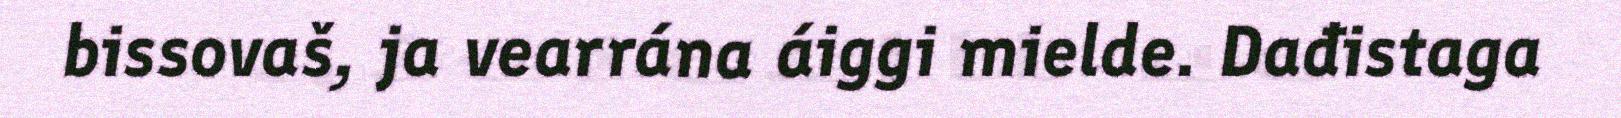
bissovaš, ja vearrána áiggi mielde. Dađistaga